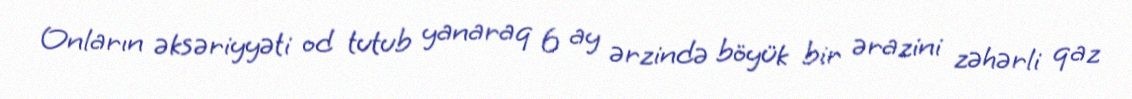
Onların əksəriyyəti od tutub yanaraq 6 ay ərzində böyük bir ərazini zəhərli qaz